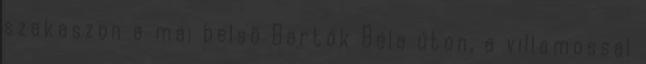
szakaszon a mai belsõ Bartók Béla úton, a villamossal